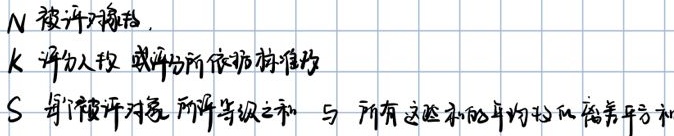
$N$ 被评对象数,

$K$ 评分人数 或评分所依据标准数

$S$ 每个被评对象 所评等级之和 与 所有这些和的平均数的离差平方和